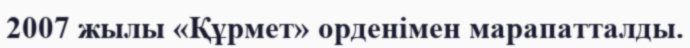
2007 жылы «Құрмет» орденімен марапатталды.